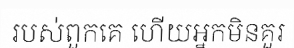
របស់ពួកគេ ហើយអ្នកមិនគួរ